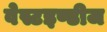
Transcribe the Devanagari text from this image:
वेस्टइण्डीज